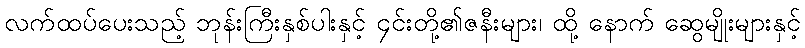
လက်ထပ်ပေးသည့် ဘုန်းကြီးနှစ်ပါးနှင့် ၄င်းတို့၏ဇနီးများ၊ ထို့ နောက် ဆွေမျိုးများနှင့်